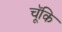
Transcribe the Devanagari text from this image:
चॅूकि